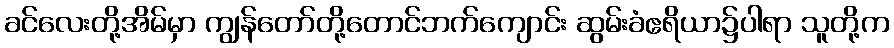
ခင်လေးတို့အိမ်မှာ ကျွန်တော်တို့တောင်ဘက်ကျောင်း ဆွမ်းခံဧရိယာ၌ပါရာ သူတို့က